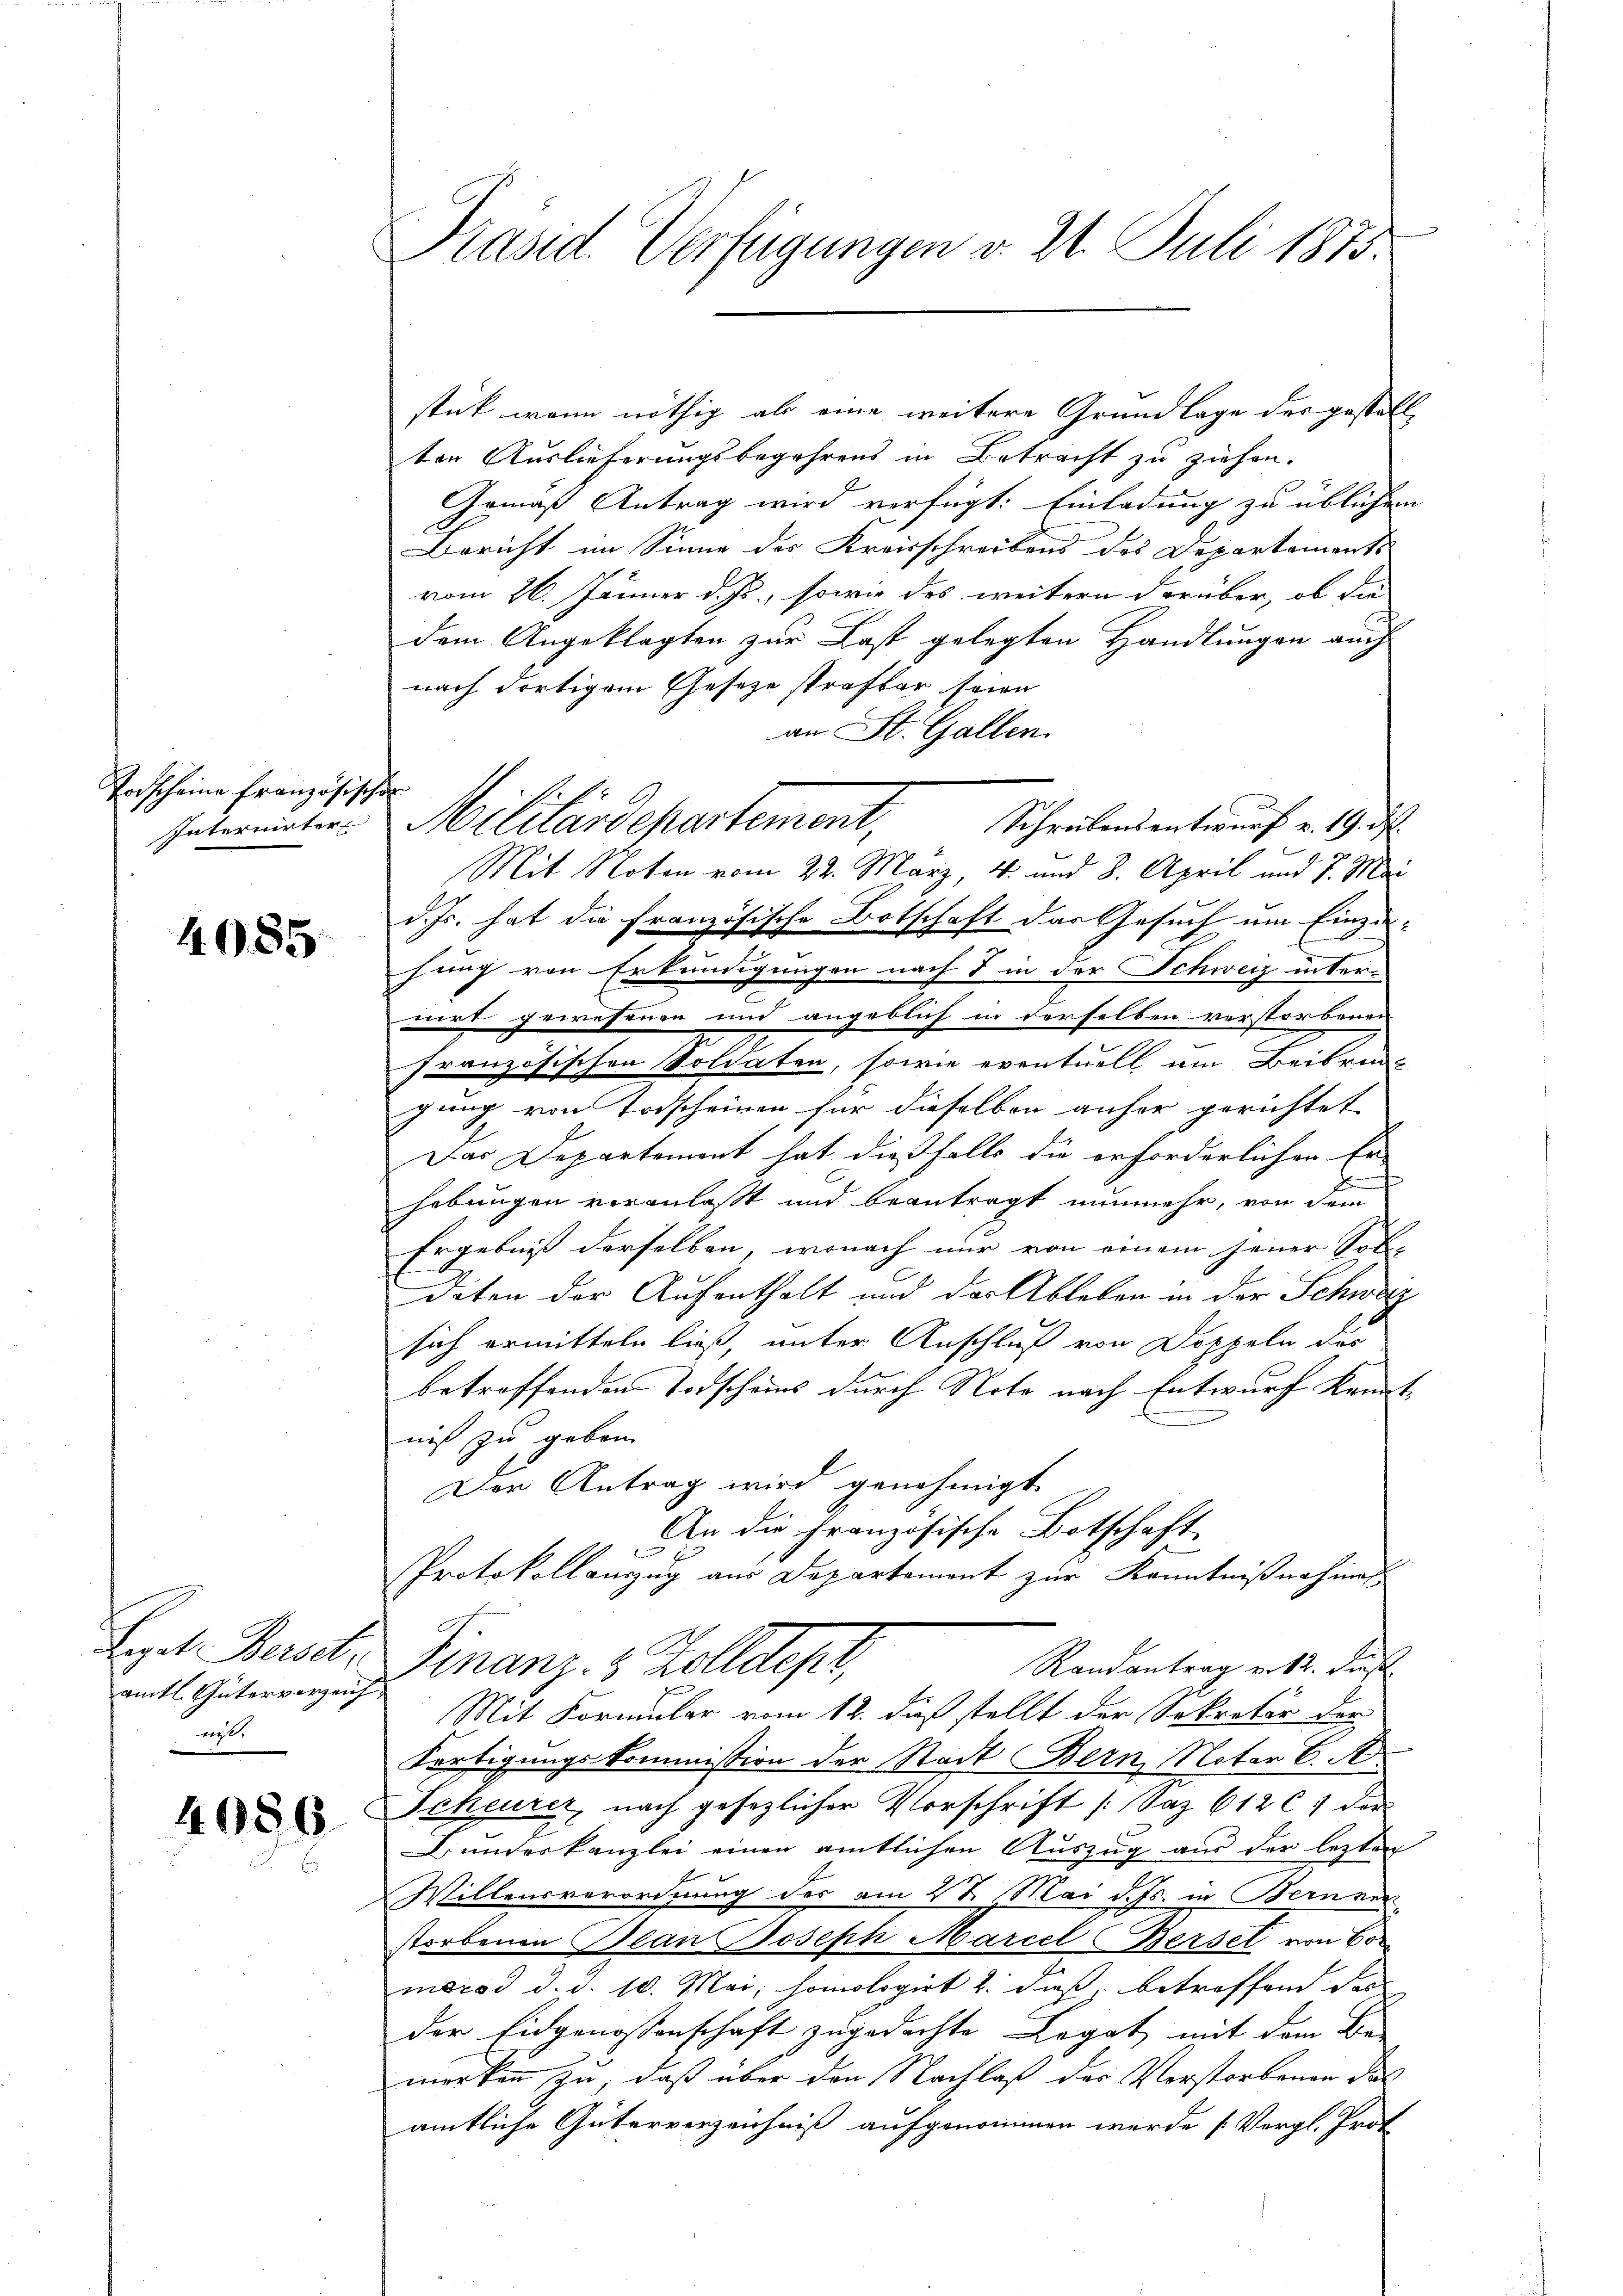
Vorscheine Französischen
Intermirter

4085

Legat Bersdt.
amtl. Güterverzeich
nis.

4086

Präsid. Verfügungen v. 21. Juli 1875.

stück, wenn nöthig als eine weitere Grundlage des gestell
ten Auslieferungsbegehrens in Betracht zu ziehen.
Gemäß Antrag wird verfügt: Einladung zu üblichen
Bericht im Sinne des Kreisschreibens des Departemonts
vom 26. Jänner d. Js., sowie des weitern darüber, ob die
dem Angeklagten zur Last gelegten Handlungen auch
nach dortigem Gesetze strafbar seien
an St. Gallen.
Mit Noten vom 22. März 4. und 8. April und 7. Mai
d. Js. hat die französische Botschaft das Gesuch um Einzie-
hung von Erkundigungen nach 7 in der Schweiz inter-
nirt gewesenen und angeblich in derselben verstorbenen
französischen Soldaten, sowie eventuell am Beibrück
gung von Todscheinen für dieselben anher gerichtet
Das Departement hat dießfalls die erforderlichen Er-
hebungen veranlasst und beantragt nunmehr, von dem
Ergebniß derselben, wonach nur von einem jener Sol-
daten der Aufenthalt und der Ableben in der Schweiz
sich ermitteln ließ, unter Anschluß von Doppeln des
betroffenden Todscheins durch Note nach Entwurf kannte
niß zu gebor
Der Antrag wird genehmigt.
An die Französische Botschaft
Protokollauszug aus Departement zur Kenntnißnahmen
Finanz- & Zolldepr,
Randantrag v. 12. Fuß.
Mit Formular vom 12. dieß stellt der Sekreter der
Fertigungskommission der Stadt Bern, Noter C. A
Scheurer, nach gesezlicher Vorschrift /: Saz 612 l. 1 der
Bunderkanzlei einen amtlichen Auszug aus der lezten
Willensverordnung des am 27. Mai d. Js. in Bern ver
storbenen Bean Joseph Marcel Bersel von Bo
marod d. d. 10. Mai homologirt 2. dieß, betreffend der
der Eidgenossenschaft zugedachte Legat mit dem Be-
merken zu, daß über den Nachlaß der Verstorbenen des
amtliche Güterverzeichniß aufgenommen werde [Vergl. Prof.

Militärdepartement, Schreibendentwurf u. Gut